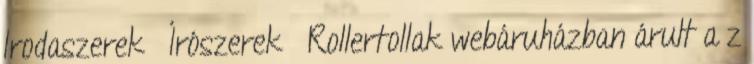
Irodaszerek Írószerek Rollertollak webáruházban árult a z